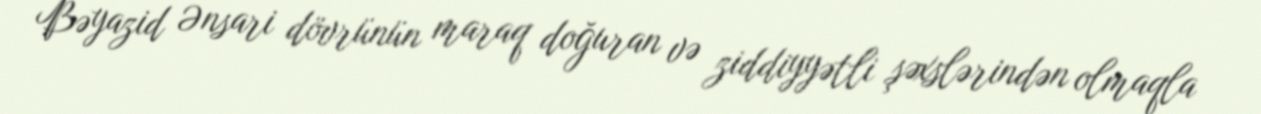
Bəyazid Ənsari dövrünün maraq doğuran və ziddiyyətli şəxslərindən olmaqla